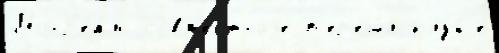
Монр'еа́ль совм'е́стноjе п'ер'еш́л клу́б'е